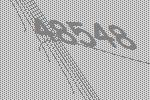
48548